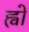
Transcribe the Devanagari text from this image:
ह्वो